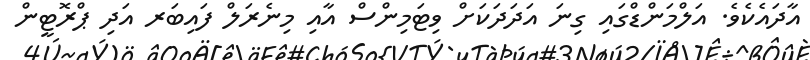
އާދައެކެވެ. އަލްމަންޑްގައި ގިނަ އަދަދަކަށް ވިޓަމިންސް އާއި މިނެރަލް ފައިބަރ އަދި ޕްރޮޓީން